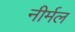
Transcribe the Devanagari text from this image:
नीर्मल